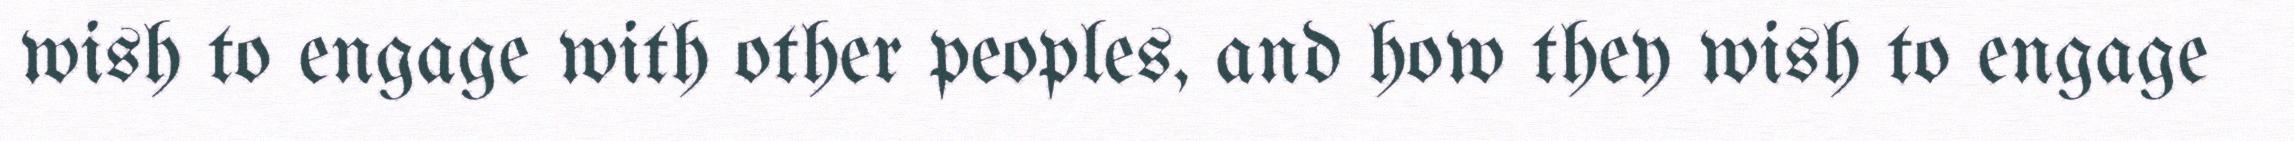
wish to engage with other peoples, and how they wish to engage